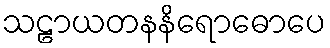
သဠာယတနနိရောဓောပေ